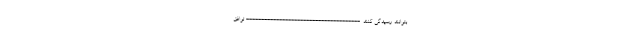
بتوانند رسیدگی کنند. -------------------------------------- توافق